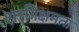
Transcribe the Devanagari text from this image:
शक्तीक्षमता